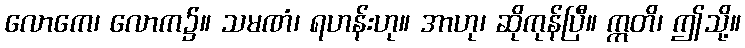
လောကေ၊ လောက၌။ သမဏံ၊ ရဟန်းဟု။ အာဟု၊ ဆိုကုန်ပြီ။ ဣတိ၊ ဤသို့။